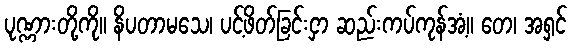
ပုဏ္ဏားတို့ကို။ နိပတာမသေ၊ ပင့်ဖိတ်ခြင်းငှာ ဆည်းကပ်ကုန်အံ့။ တေ၊ အရှင်